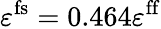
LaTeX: \varepsilon^{\mathrm{fs}}=0.464\varepsilon^{\mathrm{ff}}